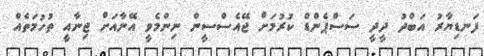
ފަނޑިޔާރު އަބްދު ދީދީ ސަސްޕެންޑް ކުރުމަށް ޖޭއެސްސީން ނިންމެވީ އޭނާއަށް ޖިނާއީ ތުހުމަތެއް